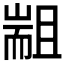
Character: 𰭮